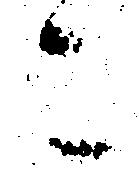
こ